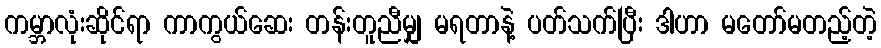
ကမ္ဘာလုံးဆိုင်ရာ ကာကွယ်ဆေး တန်းတူညီမျှ မရတာနဲ့ ပတ်သက်ပြီး ဒါဟာ မတော်မတည့်တဲ့